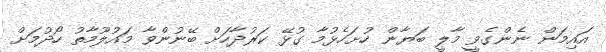
އައިމަން ނެންގެވީ މާލީ ބަޔާން ހުށަހެޅުމާ ގުޅޭ ކަރުދާހަށް ބޭނުންވާ މައުލޫމާތު ހޯދުމަށް